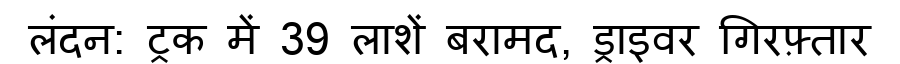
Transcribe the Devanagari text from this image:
लंदन: ट्रक में 39 लाशें बरामद, ड्राइवर गिरफ़्तार